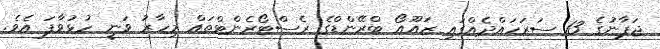
ޖަޕާނުގެ 13 ސަރަހައްދެއްގައި ޒައޫއޯ ބްރޭންޑްގެ ރެސްޓޯރެންޓްތައް މިހާރު ވަނީ ހުޅުވާފަ އެވެ.